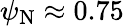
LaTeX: \psi_{\mathrm{N}}\approx 0.75